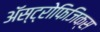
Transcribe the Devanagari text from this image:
ॲस्ट्रोफिजिक्स